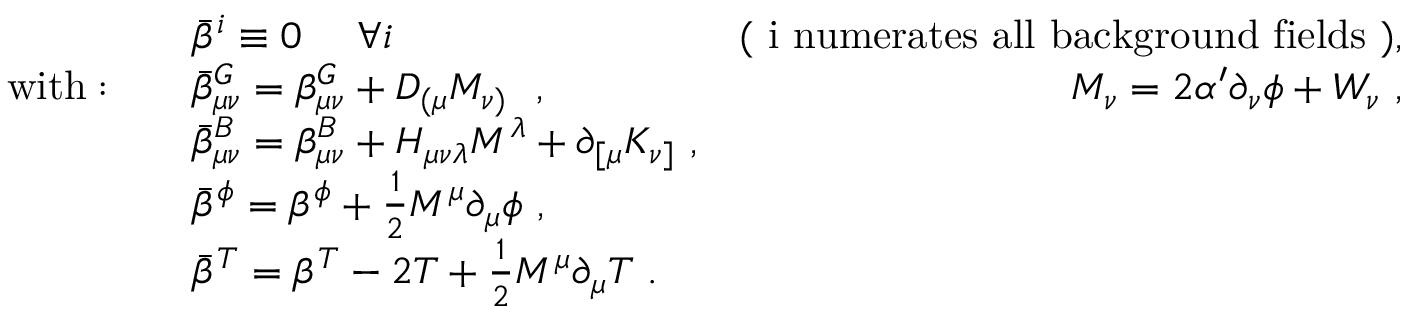
\begin{array} { l l r } { { } } & { { \bar { \beta } ^ { i } \equiv 0 ~ ~ ~ ~ \forall i ~ ~ } } & { { \mathrm { ( ~ i ~ n u m e r a t e s ~ a l l ~ b a c k g r o u n d ~ f i e l d s ~ ) } , } } \\ { { \mathrm { w i t h } : \quad } } & { { \bar { \beta } _ { \mu \nu } ^ { G } = \beta _ { \mu \nu } ^ { G } + D _ { ( \mu } M _ { \nu ) } ~ ~ , ~ ~ } } & { { M _ { \nu } = 2 \alpha ^ { \prime } \partial _ { \nu } \phi + W _ { \nu } ~ , } } \\ { { } } & { { \bar { \beta } _ { \mu \nu } ^ { B } = \beta _ { \mu \nu } ^ { B } + H _ { \mu \nu \lambda } M ^ { \lambda } + \partial _ { [ \mu } K _ { \nu ] } ~ , } } \\ { { } } & { { \bar { \beta } ^ { \phi } = \beta ^ { \phi } + \frac { 1 } { 2 } M ^ { \mu } \partial _ { \mu } \phi ~ , } } & { { } } \\ { { } } & { { \bar { \beta } ^ { T } = \beta ^ { T } - 2 T + \frac { 1 } { 2 } M ^ { \mu } \partial _ { \mu } T ~ . } } & { { } } \end{array}